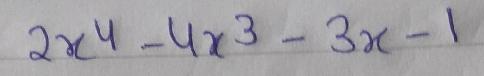
$2x^{4}-4x^{3}-3x - 1$